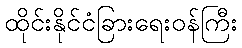
ထိုင်းနိုင်ငံခြားရေးဝန်ကြီး